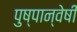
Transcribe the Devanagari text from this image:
पुष्पान्वेषी